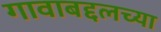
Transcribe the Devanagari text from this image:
गावाबद्दलच्या